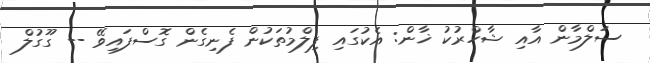
ސަލްމާން އާއި ޝާހްރުކު ޚާން: އެކުގައި ފިލްމުތަކުން ފެނިގެން ގޮސްފައިވޭ -- ގޫގުލް